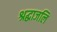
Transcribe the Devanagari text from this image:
श्रद्धाजलि